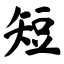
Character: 短